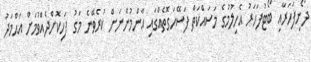
ދޯނިފަހަރާއި ބޯޓުފަހަރު އެހިލުމުގެ މަސައްކަތް ފަސޭހަގޮތެއްގައި ޢާންމުންނަށް ކުރެވޭނެ މަގު ފަހިކޮށްދެއްވުމަށް އަޙްމަދު